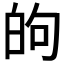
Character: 𫞮